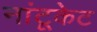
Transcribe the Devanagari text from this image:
नांटूकेट